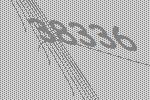
38336